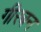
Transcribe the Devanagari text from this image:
गीरबन